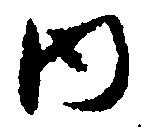
内